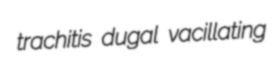
trachitis dugal vacillating